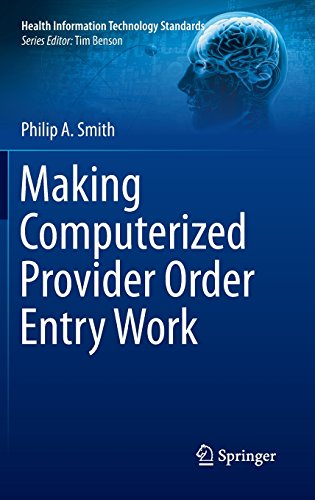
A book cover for Making Computerized Provider Order Entry Work (Health Information Technology Standards); Philip Smith; Medical Books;